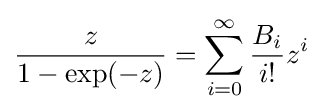
{\frac {z}{1-\exp(-z)}}=\sum _{i=0}^{\infty }{\frac {B_{i}}{i!}}z^{i}